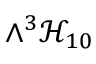
\wedge ^ { 3 } \mathcal { H } _ { 1 0 }